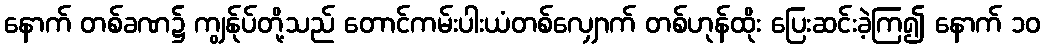
နောက် တစ်ခဏ၌ ကျွန်ုပ်တို့သည် တောင်ကမ်းပါးယံတစ်လျှောက် တစ်ဟုန်ထိုး ပြေးဆင်းခဲ့ကြ၍ နောက် ၁၀